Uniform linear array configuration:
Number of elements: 64
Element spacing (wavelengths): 0.75
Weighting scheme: kaiser
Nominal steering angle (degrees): -60
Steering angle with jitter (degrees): -58.517
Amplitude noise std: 0.05
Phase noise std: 0.05

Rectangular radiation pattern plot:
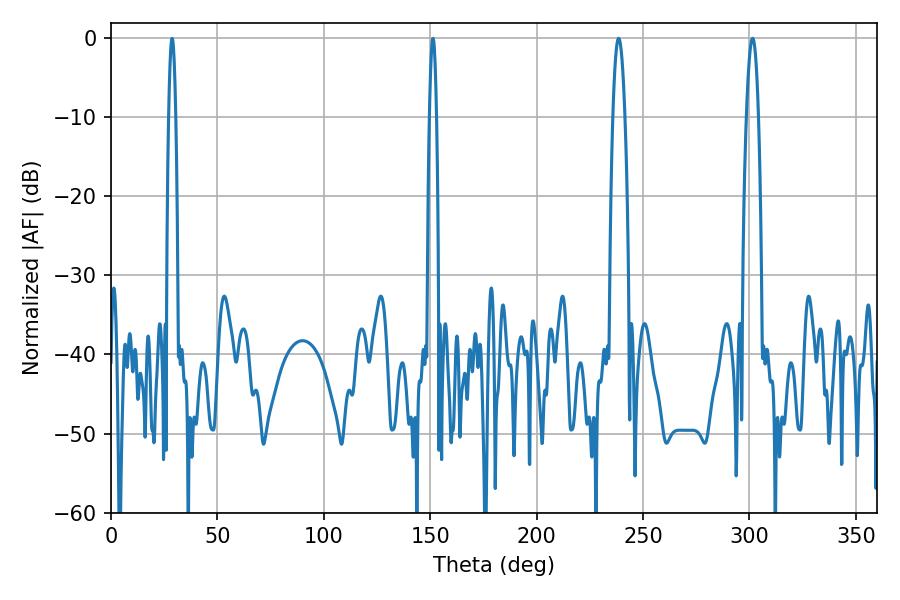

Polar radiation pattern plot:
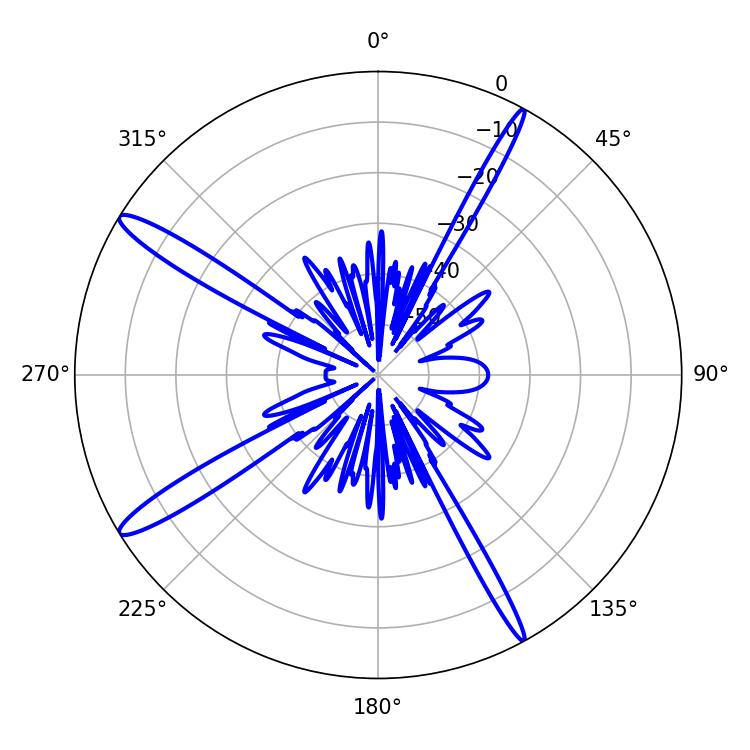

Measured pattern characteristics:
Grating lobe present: TRUE
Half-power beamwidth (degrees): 3.06
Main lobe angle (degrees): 238.5